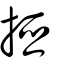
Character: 掗